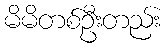
မိမိတစ်ဦးတည်း